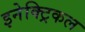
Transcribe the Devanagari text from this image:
इनेक्‍ट्रिकल